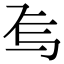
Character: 𬻆